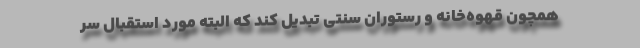
همچون قهوه‌خانه و رستوران سنتی تبدیل کند که البته مورد استقبال سر